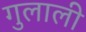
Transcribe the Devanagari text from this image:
गुलाली